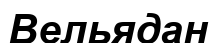
Вельядан